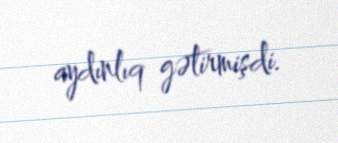
aydınlıq gətirmişdi.